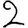
Digit: 2